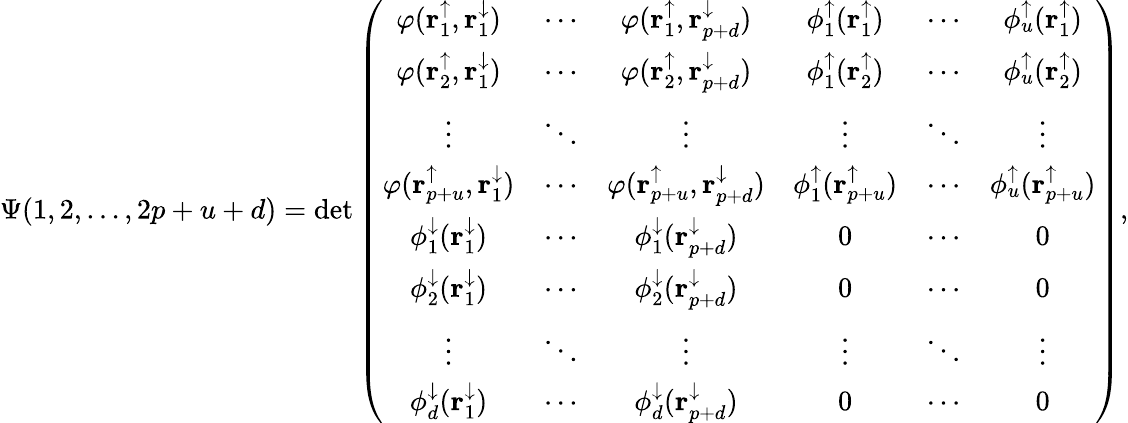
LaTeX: \Psi(1,2,\dots,2p+u+d)=\operatorname*{det}\left(\begin{array}{cccccccc}{\varphi(\mathbf{r}_{1}^{\uparrow},\mathbf{r}_{1}^{\downarrow})}&{\cdots}&{\varphi(\mathbf{r}_{1}^{\uparrow},\mathbf{r}_{p+d}^{\downarrow})}&{\phi_{1}^{\uparrow}(\mathbf{r}_{1}^{\uparrow})}&{\cdots}&{\phi_{u}^{\uparrow}(\mathbf{r}_{1}^{\uparrow})}\\ {\varphi(\mathbf{r}_{2}^{\uparrow},\mathbf{r}_{1}^{\downarrow})}&{\cdots}&{\varphi(\mathbf{r}_{2}^{\uparrow},\mathbf{r}_{p+d}^{\downarrow})}&{\phi_{1}^{\uparrow}(\mathbf{r}_{2}^{\uparrow})}&{\cdots}&{\phi_{u}^{\uparrow}(\mathbf{r}_{2}^{\uparrow})}\\ {\vdots}&{\ddots}&{\vdots}&{\vdots}&{\ddots}&{\vdots}\\ {\varphi(\mathbf{r}_{p+u}^{\uparrow},\mathbf{r}_{1}^{\downarrow})}&{\cdots}&{\varphi(\mathbf{r}_{p+u}^{\uparrow},\mathbf{r}_{p+d}^{\downarrow})}&{\phi_{1}^{\uparrow}(\mathbf{r}_{p+u}^{\uparrow})}&{\cdots}&{\phi_{u}^{\uparrow}(\mathbf{r}_{p+u}^{\uparrow})}\\ {\phi_{1}^{\downarrow}(\mathbf{r}_{1}^{\downarrow})}&{\cdots}&{\phi_{1}^{\downarrow}(\mathbf{r}_{p+d}^{\downarrow})}&{0}&{\cdots}&{0}\\ {\phi_{2}^{\downarrow}(\mathbf{r}_{1}^{\downarrow})}&{\cdots}&{\phi_{2}^{\downarrow}(\mathbf{r}_{p+d}^{\downarrow})}&{0}&{\cdots}&{0}\\ {\vdots}&{\ddots}&{\vdots}&{\vdots}&{\ddots}&{\vdots}\\ {\phi_{d}^{\downarrow}(\mathbf{r}_{1}^{\downarrow})}&{\cdots}&{\phi_{d}^{\downarrow}(\mathbf{r}_{p+d}^{\downarrow})}&{0}&{\cdots}&{0}\end{array}\right),